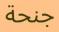
جنحة